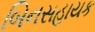
બિનસહાયક